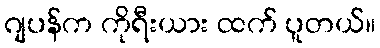
ဂျပန်က ကိုရီးယား ထက် ပူတယ်။